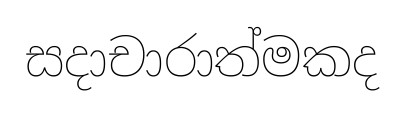
සදාචාරාත්මකද